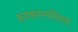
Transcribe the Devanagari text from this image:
इनकारपोरेशन